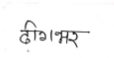
मजकूर: ढीगभर